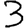
Digit: 3